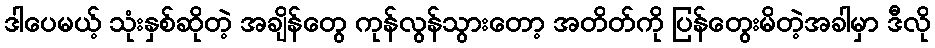
ဒါပေမယ့် သုံးနှစ်ဆိုတဲ့ အချိန်တွေ ကုန်လွန်သွားတော့ အတိတ်ကို ပြန်တွေးမိတဲ့အခါမှာ ဒီလို